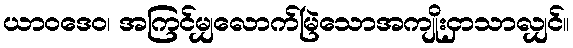
ယာဝဒေဝ၊ အကြင်မျှလောက်မြဲသောအကျိုးငှာသာလျှင်။